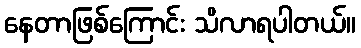
နေတာဖြစ်ကြောင်း သိလာရပါတယ်။